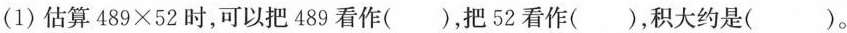
(1)估算489×52时，可以把489看作( )，把52看作( )，积大约是( )。